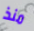
منذ